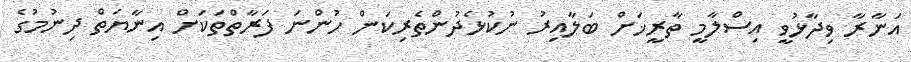
އަނާރާ ވިދާޅުވީ އިސްލާމީ ތާރީޚަށް ބަލާއިރު ނުކުޅެދުންތެރިކަން ހުންނަ ފަރާތްތަކަށް އިނާޔަތް ދިނުމުގެ